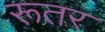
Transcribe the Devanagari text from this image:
रूतर